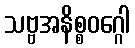
သဗ္ဗအနိစ္စဝဂ္ဂေါ